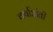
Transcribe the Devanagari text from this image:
वर्षाअंती